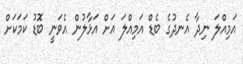
އަމިއްލަ ނިދާ އެނދުގެ ބެޑް އަމިއްލަ އަށް އަޅާލުން އެވަނީ ބޮޑު ކަމަކަށް